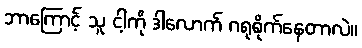
ဘာကြောင့် သူ ငါ့ကို ဒါလောက် ဂရုစိုက်နေတာလဲ။